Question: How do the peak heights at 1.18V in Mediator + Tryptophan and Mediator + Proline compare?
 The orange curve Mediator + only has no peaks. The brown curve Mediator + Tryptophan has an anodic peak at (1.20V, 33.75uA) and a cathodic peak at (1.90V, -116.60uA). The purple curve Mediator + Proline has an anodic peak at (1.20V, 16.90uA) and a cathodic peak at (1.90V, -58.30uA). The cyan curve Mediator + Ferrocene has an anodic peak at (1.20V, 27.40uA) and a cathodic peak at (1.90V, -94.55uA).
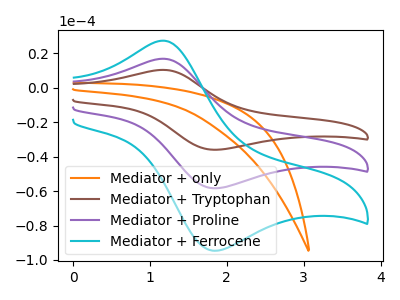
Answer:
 <answer>The peak at 1.18V is higher in "Mediator + Tryptophan" than in "Mediator + Proline".</answer>
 <eval>higher</eval>